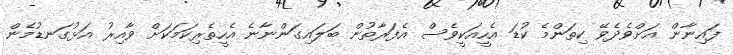
ފައިނާން އަށްވެދެވޭ ކިތަންމެ ކުޑަ އެހީއަކީވެސް އެފަރާތުން ބަލައިގަންނާނެ އެހީތެރިކަމަކަށް ވާއިރު އަޅުގަނޑުމެން